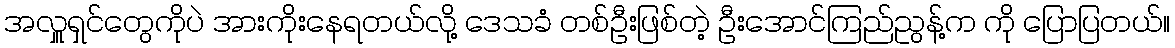
အလှူရှင်တွေကိုပဲ အားကိုးနေရတယ်လို့ ဒေသခံ တစ်ဦးဖြစ်တဲ့ ဦးအောင်ကြည်ညွန့်က ကို ပြောပြတယ်။